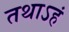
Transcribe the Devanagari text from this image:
तथाऽहं